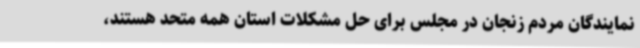
نمایندگان مردم زنجان در مجلس برای حل مشکلات استان همه متحد هستند،